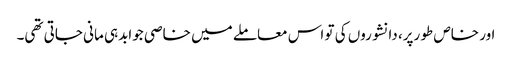
اور خاص طو رپر، دانشوروں کی تو اس معاملے میں خاصی جوابدہی مانی جاتی تھی۔